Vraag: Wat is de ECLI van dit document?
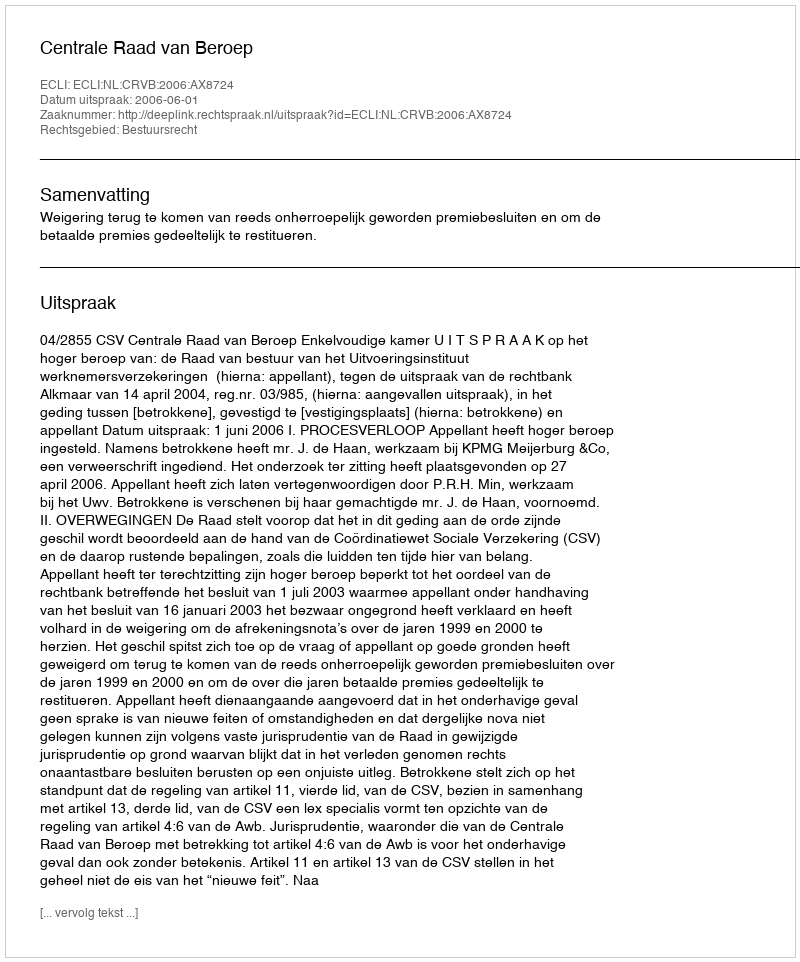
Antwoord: ECLI:NL:CRVB:2006:AX8724